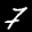
Label: 7